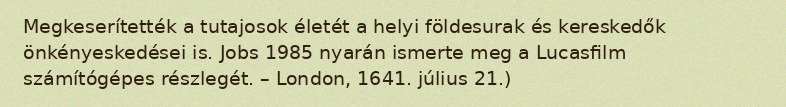
Megkeserítették a tutajosok életét a helyi földesurak és kereskedők önkényeskedései is. Jobs 1985 nyarán ismerte meg a Lucasfilm számítógépes részlegét. – London, 1641. július 21.)